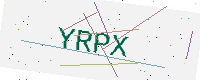
Text: YRPX